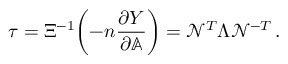
\tau = \Xi ^ { - 1 } \bigg ( { - } n \frac { \partial Y } { \partial \mathbb { A } } \bigg ) = \mathcal { N } ^ { T } \Lambda \mathcal { N } ^ { - T } \, .